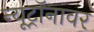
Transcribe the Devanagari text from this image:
न्यूट्रॉनावर